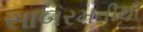
સાબરમતીથી